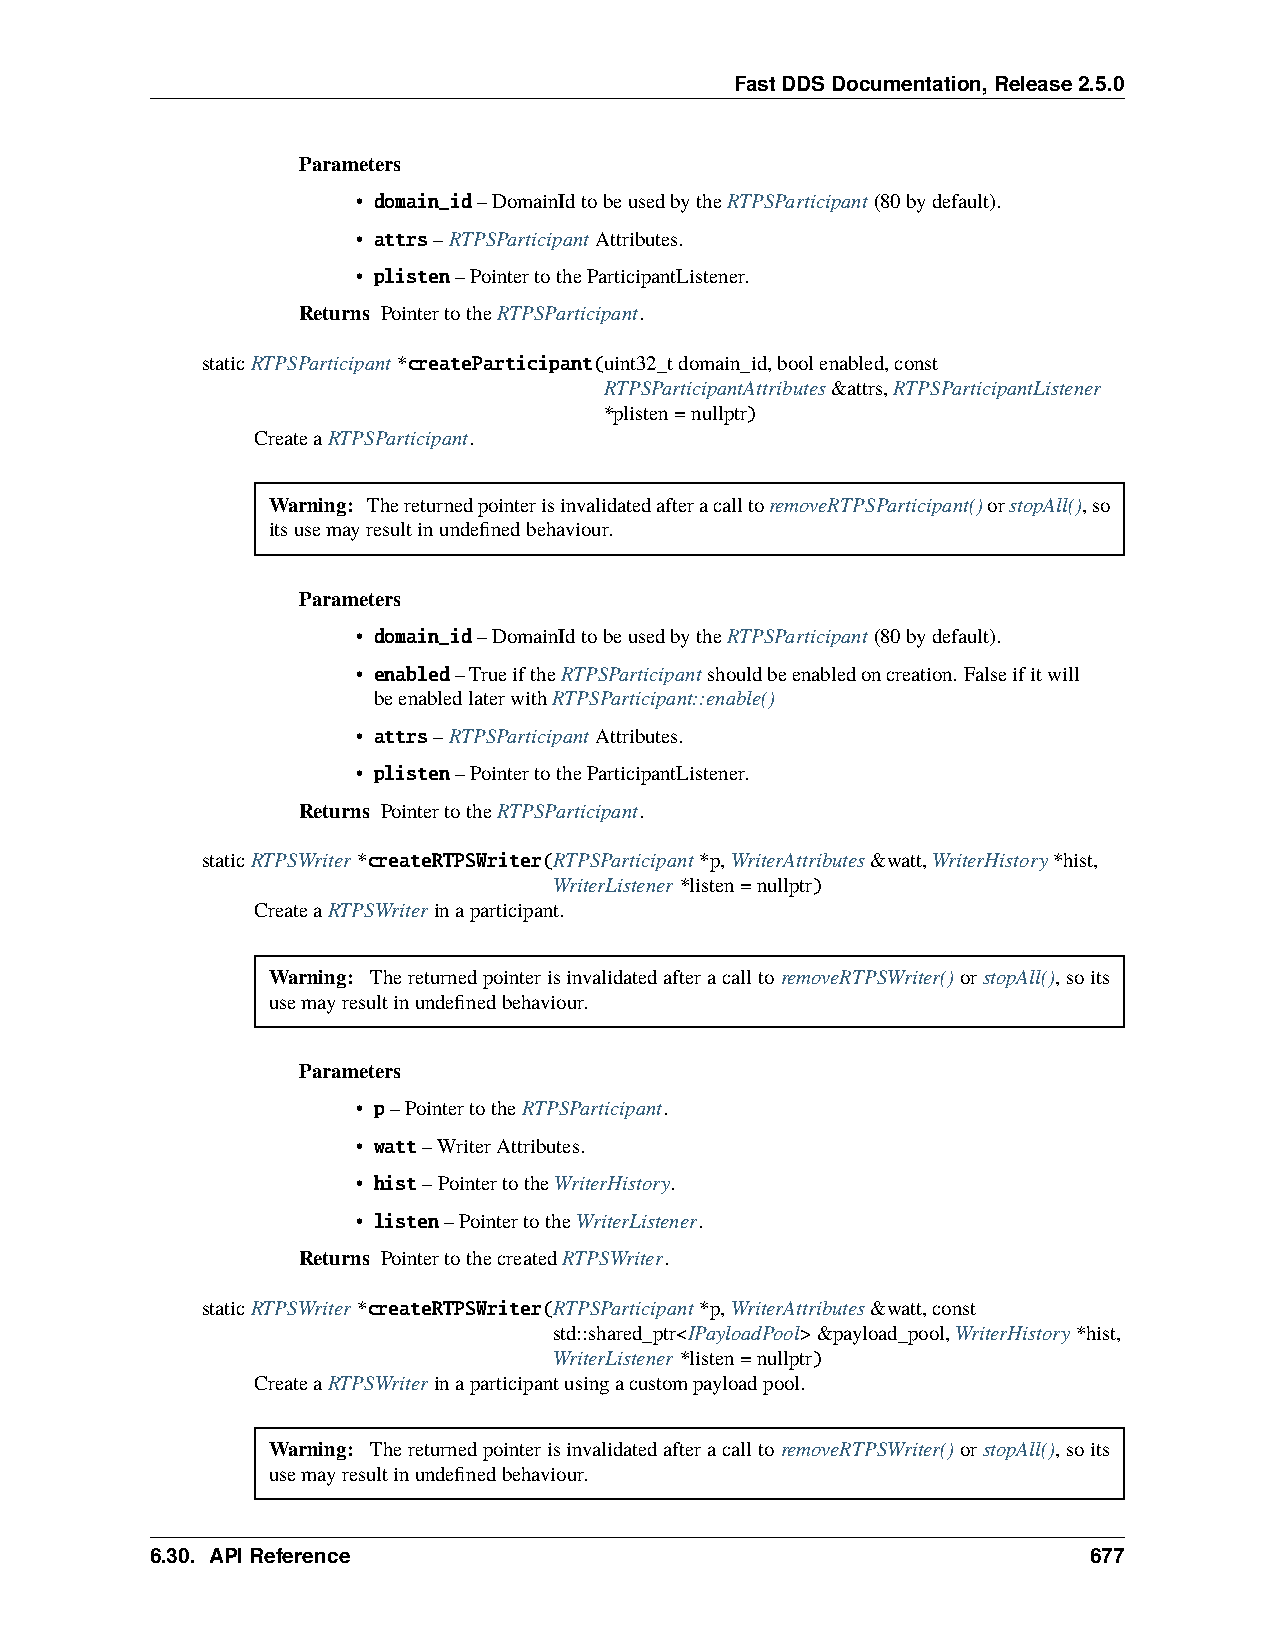
FastDDSDocumentation,Release2.5.0
 Parameters
 • domain_id–DomainIdtobeusedbytheRTPSParticipant(80bydefault).
 • attrs–RTPSParticipantAttributes.
 • plisten–PointertotheParticipantListener.
 Returns PointertotheRTPSParticipant.
 staticRTPSParticipant*createParticipant(uint32_tdomain_id,boolenabled,const
 RTPSParticipantAttributes&attrs,RTPSParticipantListener
 *plisten=nullptr)
 CreateaRTPSParticipant.
 Warning: ThereturnedpointerisinvalidatedafteracalltoremoveRTPSParticipant()orstopAll(),so
 itsusemayresultinundefinedbehaviour.
 Parameters
 • domain_id–DomainIdtobeusedbytheRTPSParticipant(80bydefault).
 • enabled–TrueiftheRTPSParticipantshouldbeenabledoncreation. Falseifitwill
 beenabledlaterwithRTPSParticipant::enable()
 • attrs–RTPSParticipantAttributes.
 • plisten–PointertotheParticipantListener.
 Returns PointertotheRTPSParticipant.
 staticRTPSWriter*createRTPSWriter(RTPSParticipant*p,WriterAttributes&watt,WriterHistory*hist,
 WriterListener*listen=nullptr)
 CreateaRTPSWriterinaparticipant.
 Warning: ThereturnedpointerisinvalidatedafteracalltoremoveRTPSWriter()orstopAll(),soits
 usemayresultinundefinedbehaviour.
 Parameters
 • p–PointertotheRTPSParticipant.
 • watt–WriterAttributes.
 • hist–PointertotheWriterHistory.
 • listen–PointertotheWriterListener.
 Returns PointertothecreatedRTPSWriter.
 staticRTPSWriter*createRTPSWriter(RTPSParticipant*p,WriterAttributes&watt,const
 std::shared_ptr<IPayloadPool>&payload_pool,WriterHistory*hist,
 WriterListener*listen=nullptr)
 CreateaRTPSWriterinaparticipantusingacustompayloadpool.
 Warning: ThereturnedpointerisinvalidatedafteracalltoremoveRTPSWriter()orstopAll(),soits
 usemayresultinundefinedbehaviour.
 6.30. APIReference                                            677